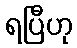
ရပြီဟု